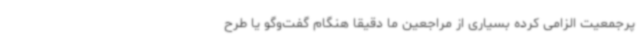
پرجمعیت الزامی کرده بسیاری از مراجعین ما دقیقا هنگام گفت‌وگو یا طرح